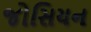
જોસિયન